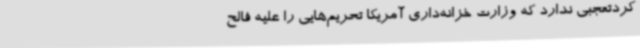
کردتعجبی ندارد که وزارت خزانه‌داری آمریکا تحریم‌هایی را علیه فالح